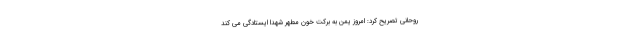
روحانی تصریح کرد: امروز یمن به برکت خون مطهر شهدا ایستادگی می کند